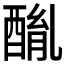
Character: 𨡦